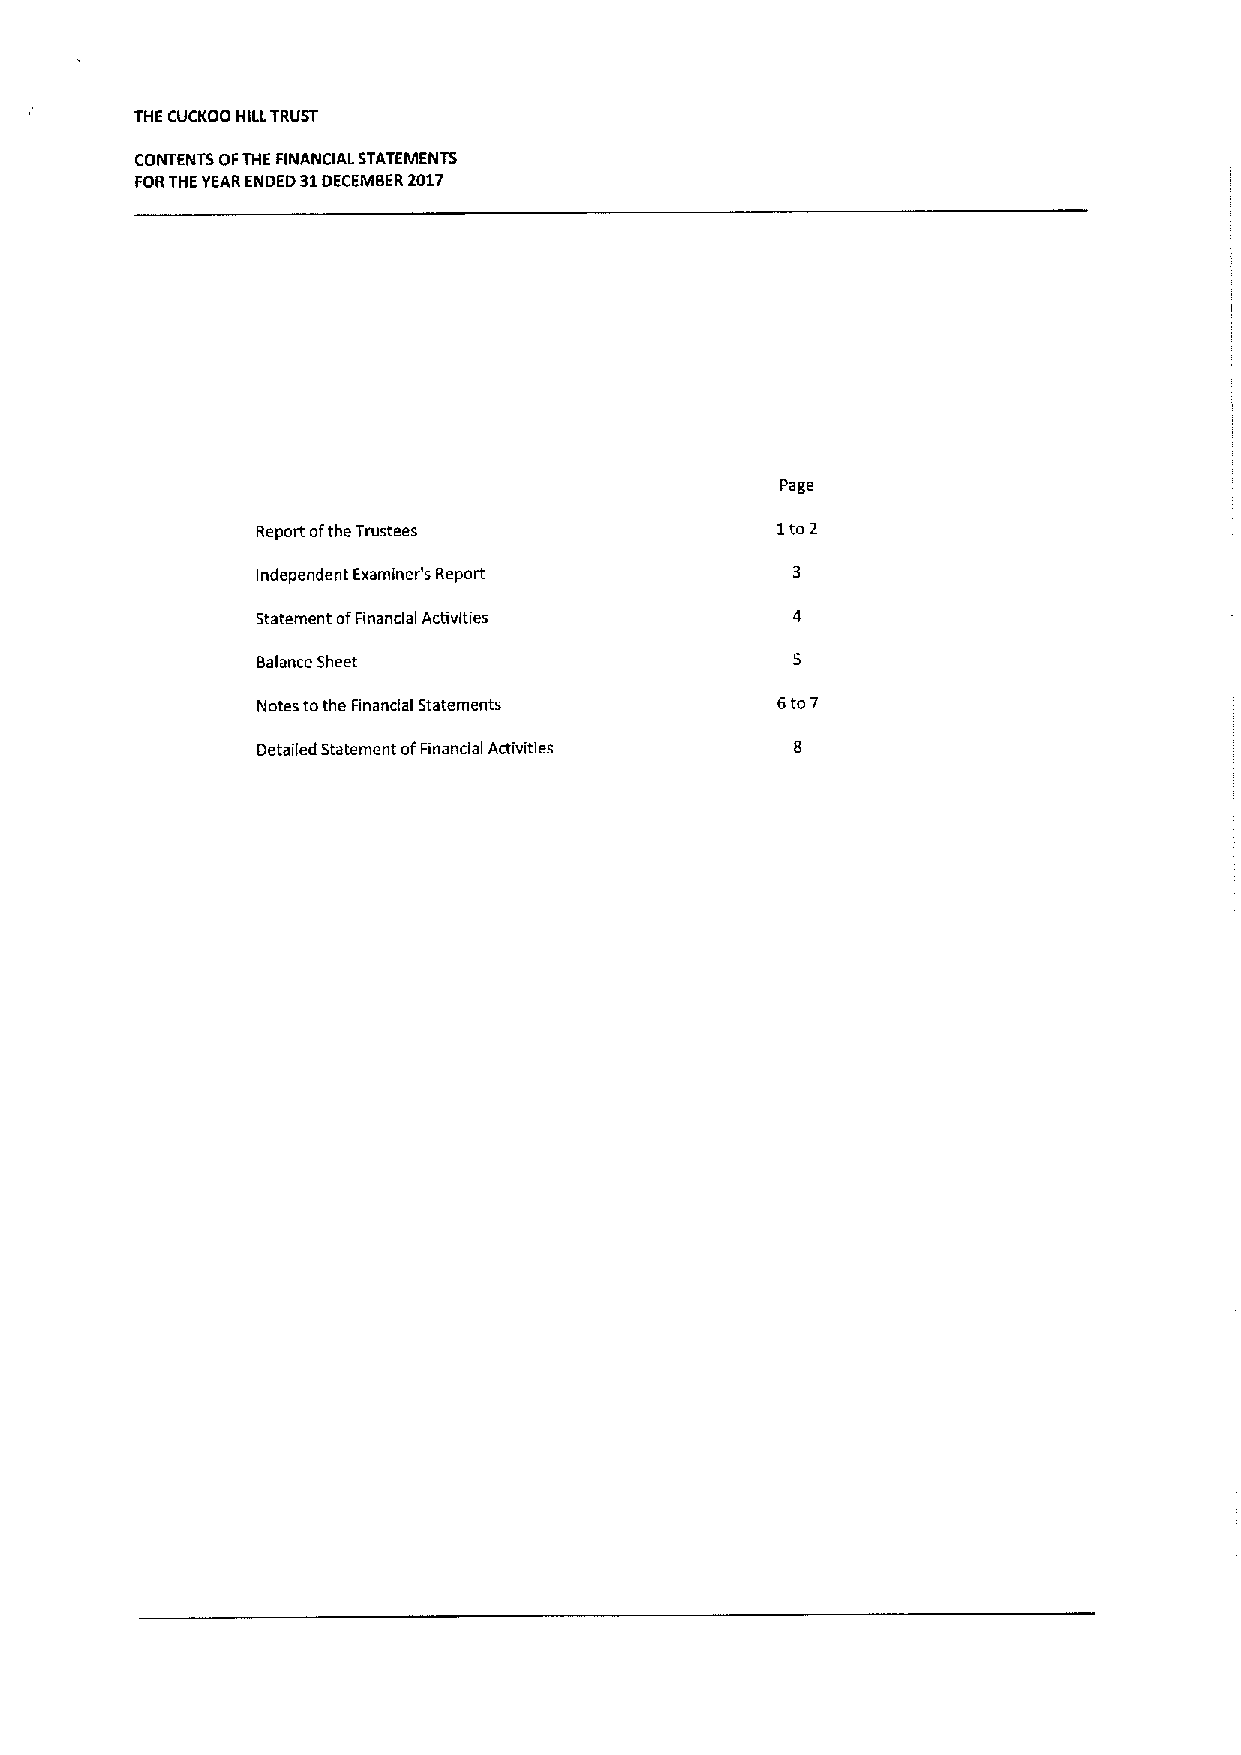
THE CUCKOO HILLTRUST
 CONTENTS OFTHE FINANCIAL STATEMENTS
 FORTHEYEARENDED 31DECEMBER2017
 Page
 Report ofthe Trustees             1to2
 Independent Examiner's Report
 Statement ofFinancial Activities
 Balance Sheet
 Notes tothe Financial Statements  6to7
 Detailed Statement ofFinancial Activities